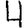
Digit: 4